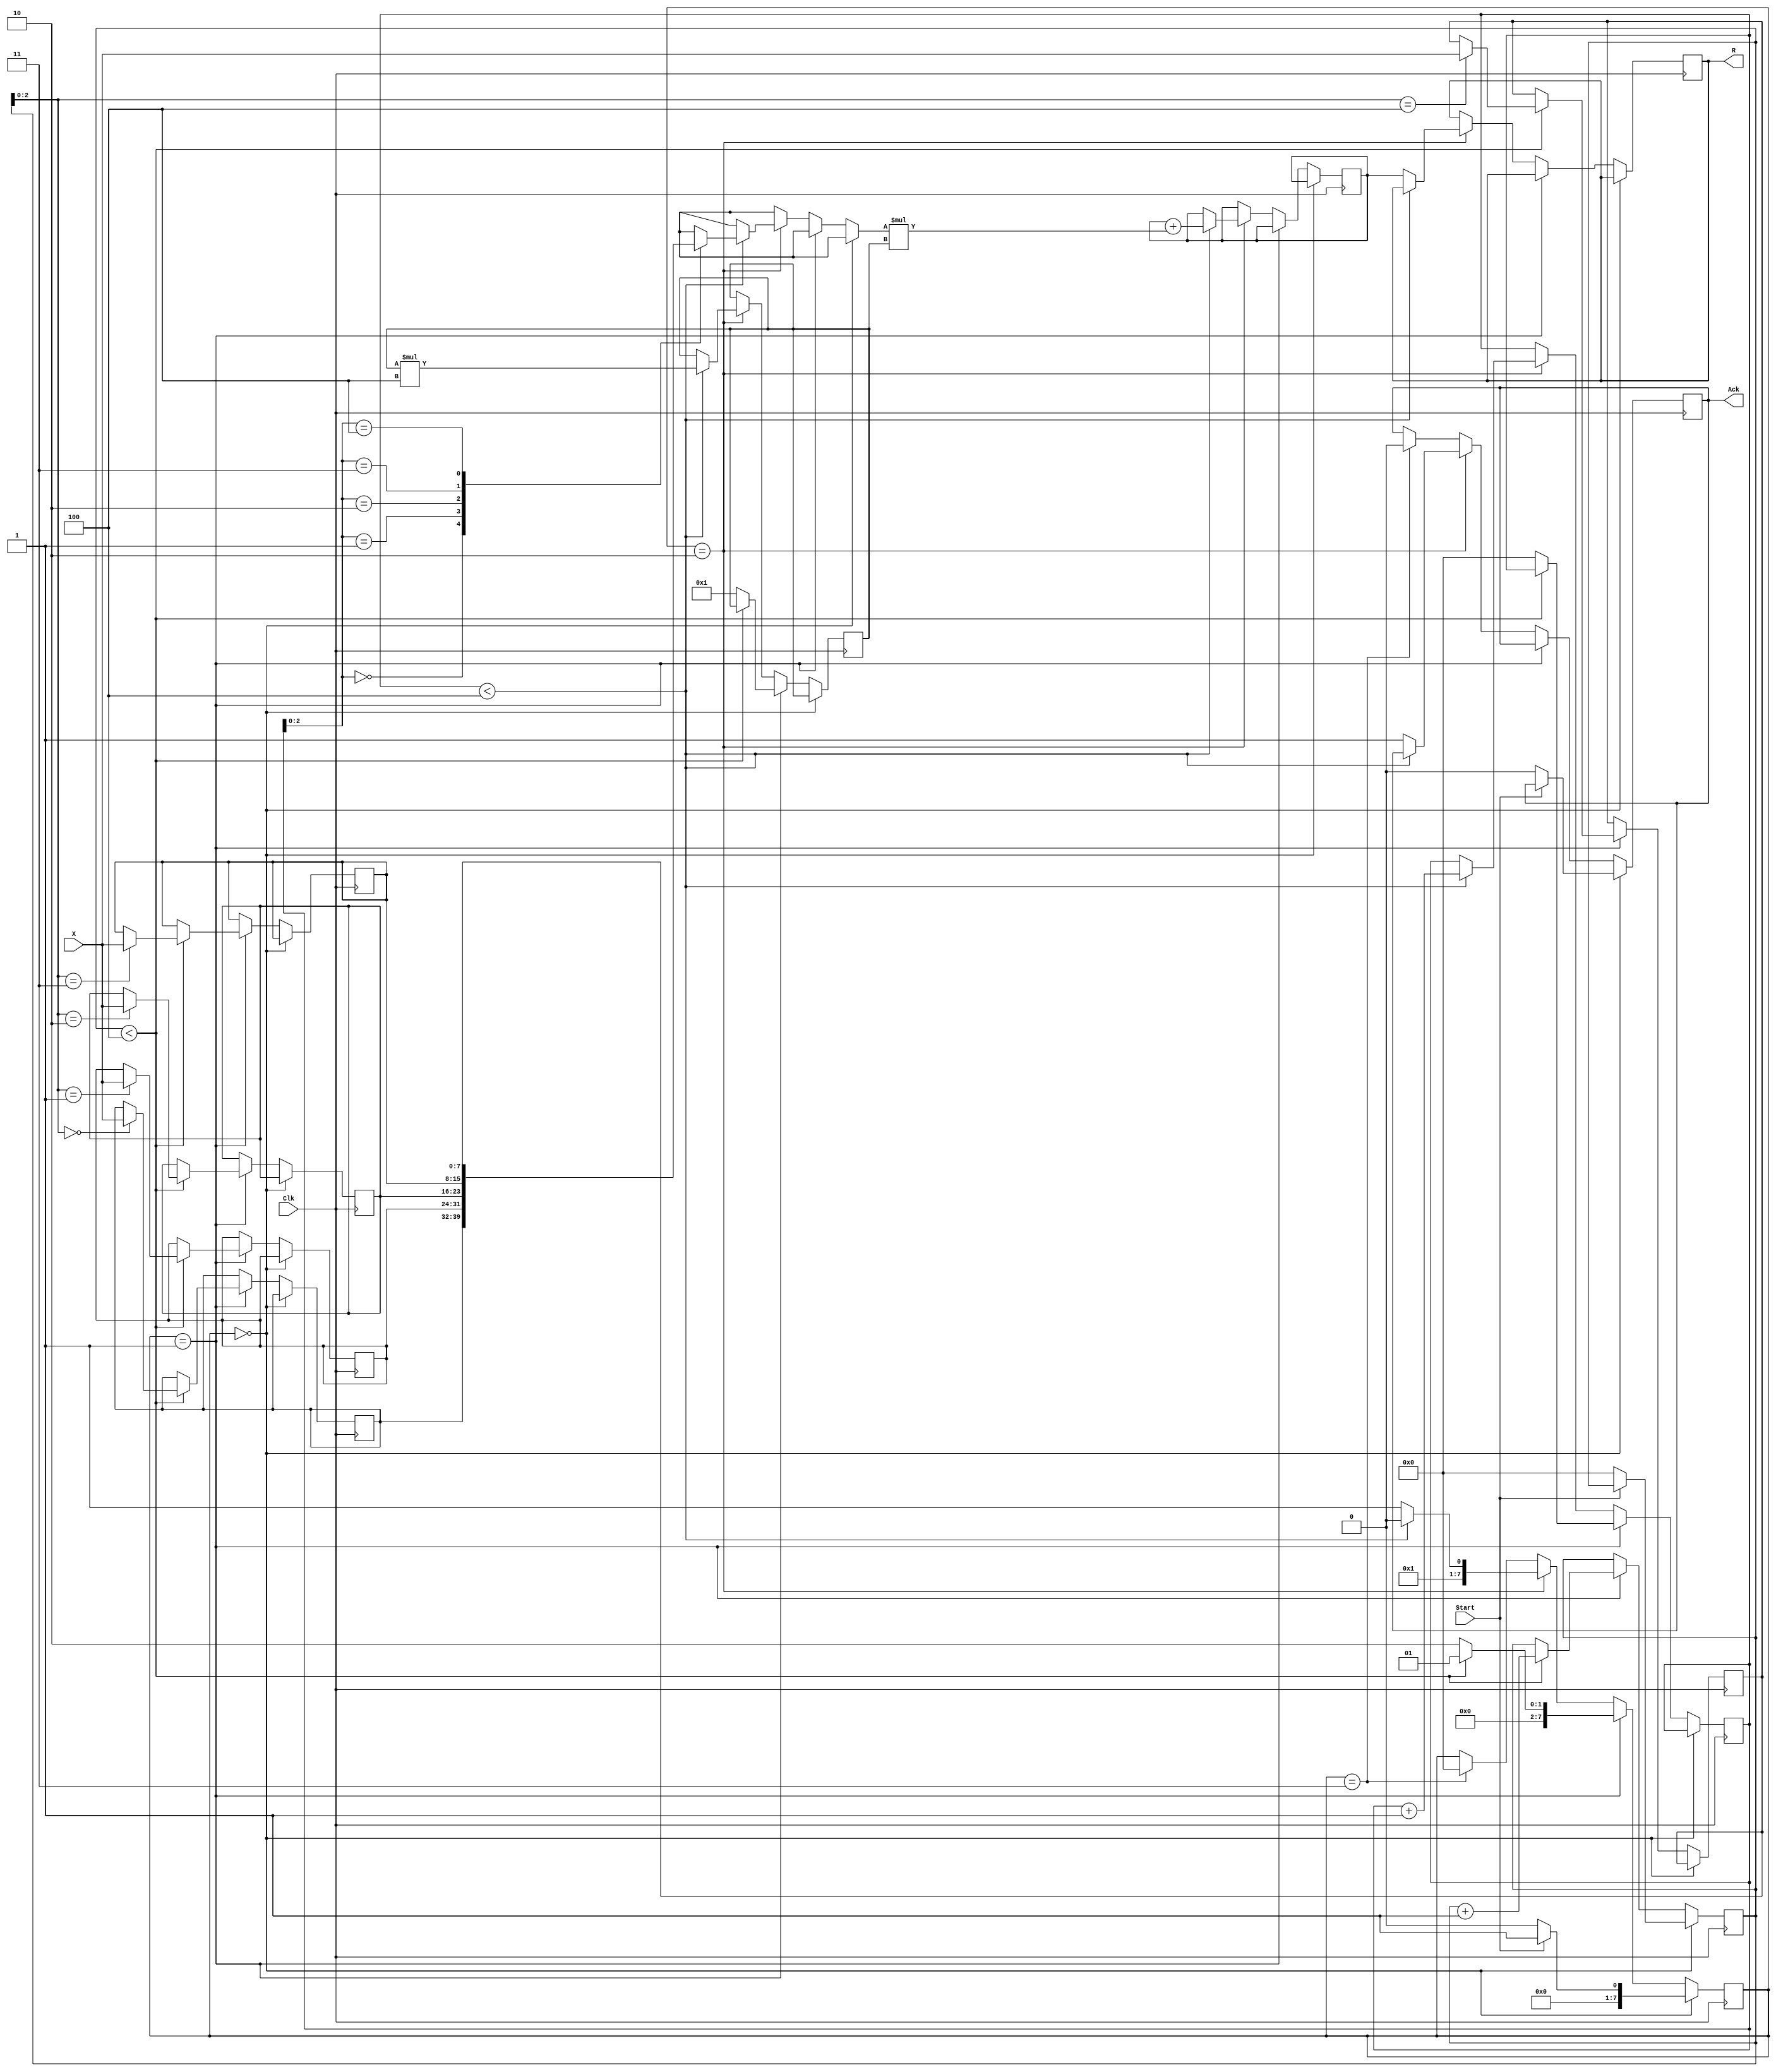
module convertorBaza(Clk,X,R,Start,Ack);
    input Clk,Start;
    input [7:0]X;
    output reg [7:0]R;
    output reg Ack;
    reg [7:0]sir[4:0];
    reg [7:0]transResult,state,counter,transCounter,powerOfFour;
    always @(posedge Clk)
        if(state==0)
        begin
            if(Start==0)
            begin
                counter<=0;
                Ack<=0;
                state<=0;
            end
            else
            begin
                state<=1;
            end
        end
        else if(state==1)
        begin
            if(counter<4) begin
                sir[counter]=X;
                counter<=counter+1;
                state<=1;
            end
            else
            begin
                transCounter<=0;
                powerOfFour<=1;
                state<=2;
            end 
        end
        else if(state==2)
        begin
            if(transCounter<4)
            begin
                powerOfFour<=powerOfFour*4;
                transResult<=transResult+sir[transCounter]*powerOfFour;
                transCounter<=transCounter+1;
                state<=2;
            end
            else
            begin
                Ack<=1;
                R<=transResult;
                state<=3;
            end
        end
        else if(state==3)
        begin
            Ack<=0;
            state<=0;
        end
    initial begin
        counter<=0;
        state<=0;
        powerOfFour<=1;
    end
endmodule